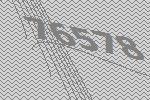
76578